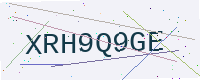
Text: XRH9Q9GE